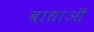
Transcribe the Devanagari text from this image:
बाधाऒं